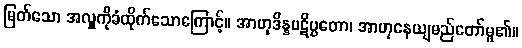
မြတ်သော အလှူကိုခံထိုက်သောကြောင့်။ အာဟုဒိန္နပဋိပ္ပတော၊ အာဟုနေယျမည်တော်မူ၏။